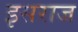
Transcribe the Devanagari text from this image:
इसराज